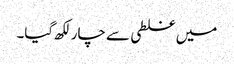
میں غلطی سے چار لکھ گیا۔